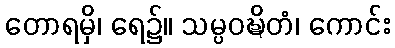
တောရမှိ၊ ရေ၌။ သမ္ပဝဍ္ဎိတံ၊ ကောင်း